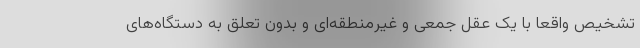
تشخیص واقعا با یک عقل جمعی و غیرمنطقه‌ای و بدون تعلق به دستگاه‌های